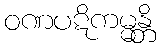
ဝဏပဋိကမ္မန္တိ